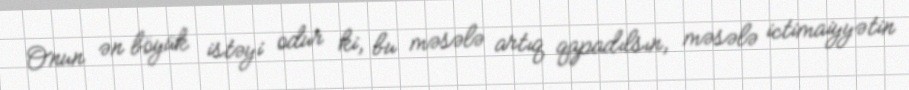
Onun ən böyük istəyi odur ki, bu məsələ artıq qapadılsın, məsələ ictimaiyyətin